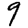
Digit: 9